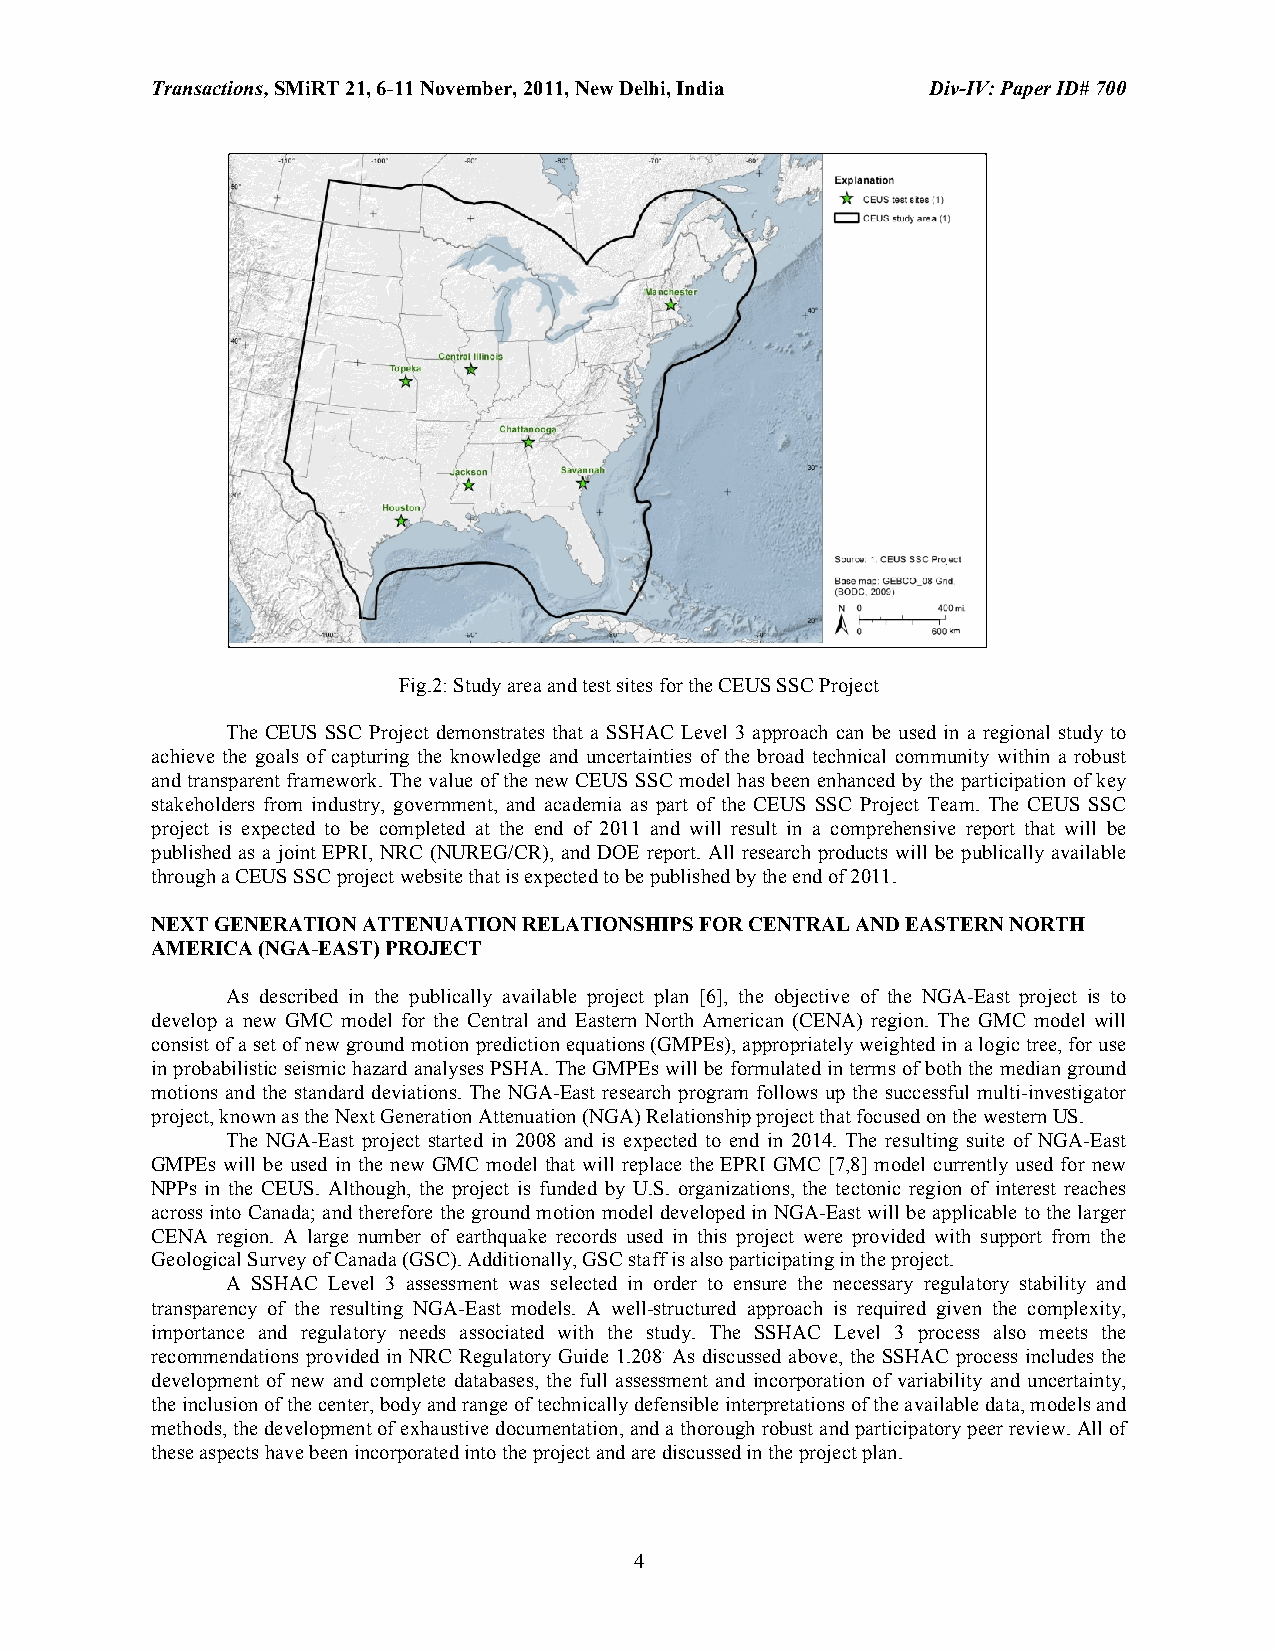
Transactions, SMiRT 21, 6-11 November, 2011, New Delhi, India Div-IV: Paper ID# 700
 Fig.2: Study area and test sites for the CEUS SSC Project
 The CEUS SSC Project demonstrates that a SSHAC Level 3 approach can be used in a regional study to
 achieve the goals of capturing the knowledge and uncertainties of the broad technical community within a robust
 and transparent framework. The value of the new CEUS SSC model has been enhanced by the participation of key
 stakeholders from industry, government, and academia as part of the CEUS SSC Project Team. The CEUS SSC
 project is expected to be completed at the end of 2011 and will result in a comprehensive report that will be
 published as a joint EPRI, NRC (NUREG/CR), and DOE report. All research products will be publically available
 through a CEUS SSC project website that is expected to be published by the end of 2011.
 NEXT GENERATION ATTENUATION RELATIONSHIPS FOR CENTRAL AND EASTERN NORTH
 AMERICA (NGA-EAST) PROJECT
 As described in the publically available project plan [6], the objective of the NGA-East project is to
 develop a new GMC model for the Central and Eastern North American (CENA) region. The GMC model will
 consist of a set of new ground motion prediction equations (GMPEs), appropriately weighted in a logic tree, for use
 in probabilistic seismic hazard analyses PSHA. The GMPEs will be formulated in terms of both the median ground
 motions and the standard deviations. The NGA-East research program follows up the successful multi-investigator
 project, known as the Next Generation Attenuation (NGA) Relationship project that focused on the western US.
 The NGA-East project started in 2008 and is expected to end in 2014. The resulting suite of NGA-East
 GMPEs will be used in the new GMC model that will replace the EPRI GMC [7,8] model currently used for new
 NPPs in the CEUS. Although, the project is funded by U.S. organizations, the tectonic region of interest reaches
 across into Canada; and therefore the ground motion model developed in NGA-East will be applicable to the larger
 CENA region. A large number of earthquake records used in this project were provided with support from the
 Geological Survey of Canada (GSC). Additionally, GSC staff is also participating in the project.
 A SSHAC Level 3 assessment was selected in order to ensure the necessary regulatory stability and
 transparency of the resulting NGA-East models. A well-structured approach is required given the complexity,
 importance and regulatory needs associated with the study. The SSHAC Level 3 process also meets the
 recommendations provided in NRC Regulatory Guide 1.208. As discussed above, the SSHAC process includes the
 development of new and complete databases, the full assessment and incorporation of variability and uncertainty,
 the inclusion of the center, body and range of technically defensible interpretations of the available data, models and
 methods, the development of exhaustive documentation, and a thorough robust and participatory peer review. All of
 these aspects have been incorporated into the project and are discussed in the project plan.
 4